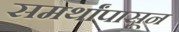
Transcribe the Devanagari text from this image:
समर्थांपासून